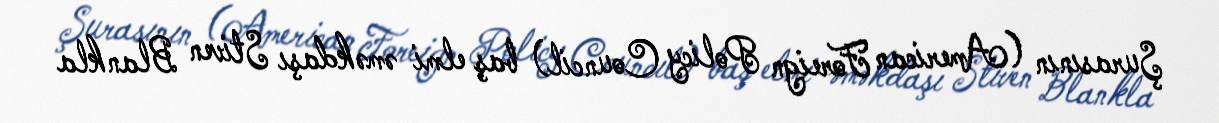
Şurasının (American Foreign Policy Council) baş elmi əməkdaşı Stiven Blankla